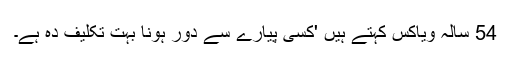
54 سالہ ویاکس کہتے ہیں 'کسی پیارے سے دور ہونا بہت تکلیف دہ ہے۔